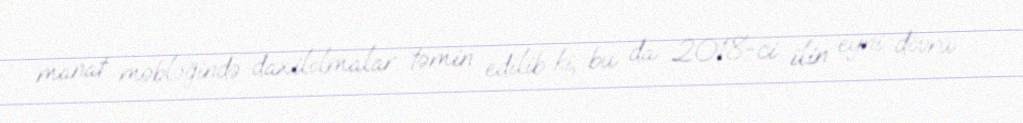
manat məbləğində daxilolmalar təmin edilib ki, bu da 2018-ci ilin eyni dövrü